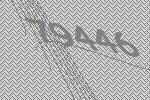
79446